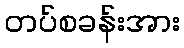
တပ်စခန်းအား